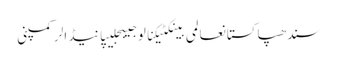
سندھپاکستانعالمی بینکٹیکنالوجیبجلیپانیڈالرکمپنی